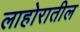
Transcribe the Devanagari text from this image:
लाहोरातील